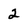
Character: 2